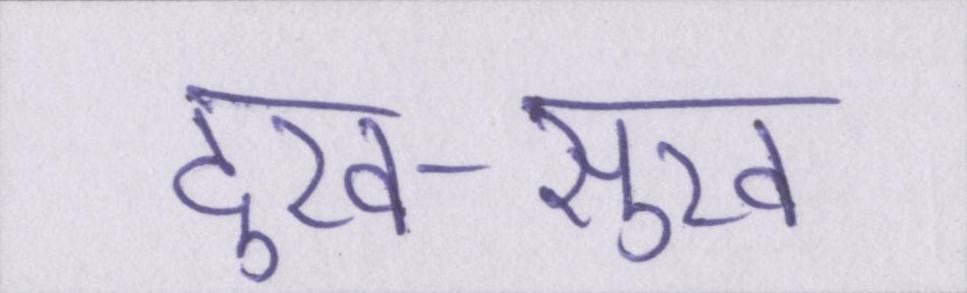
दुख-सुख